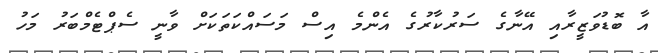
އާ ބޮޑުވަޒީރާއި އޭނާގެ ސަރުކާރުގެ އެންމެ އިސް މަސައްކަތަކަށް ވާނީ ސެޕްޓެމްބަރު މަހު